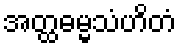
အတ္ထဓမ္မသံဟိတံ